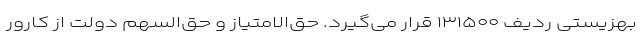
بهزیستی ردیف ۱۳۱۵۰۰ قرار می‌گیرد. حق‌الامتیاز و حق‌السهم دولت از کارور